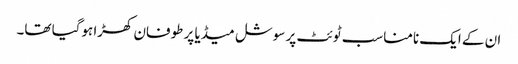
ان کے ایک نامناسب ٹوئٹ پر سوشل میڈیا پر طوفان کھڑا ہوگیا تھا۔